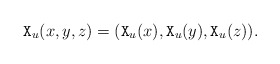
\begin{align*} \mathtt{X}_u(x,y,z) = (\mathtt{X}_u(x), \mathtt{X}_u(y), \mathtt{X}_u(z)). \end{align*}